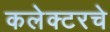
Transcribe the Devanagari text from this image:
कलेक्टरचे